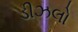
ડીઝલો